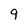
Character: 9